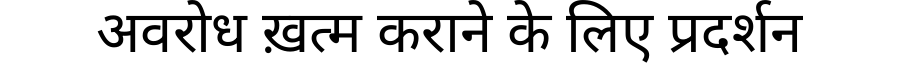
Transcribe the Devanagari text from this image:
अवरोध ख़त्म कराने के लिए प्रदर्शन